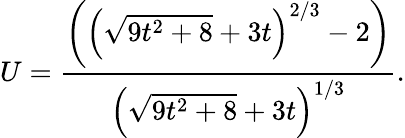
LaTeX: U=\frac{\left(\left(\sqrt{9t^{2}+8}+3t\right)^{2/3}-2\right)}{\left(\sqrt{9t^{2}+8}+3t\right)^{1/3}}.